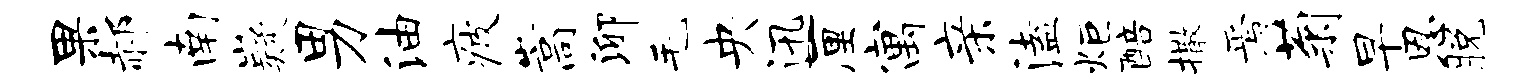
果郝南嶷男油疲嵩泖毛央迅厘寓亲溘炬醅撒焉菊早恩脱